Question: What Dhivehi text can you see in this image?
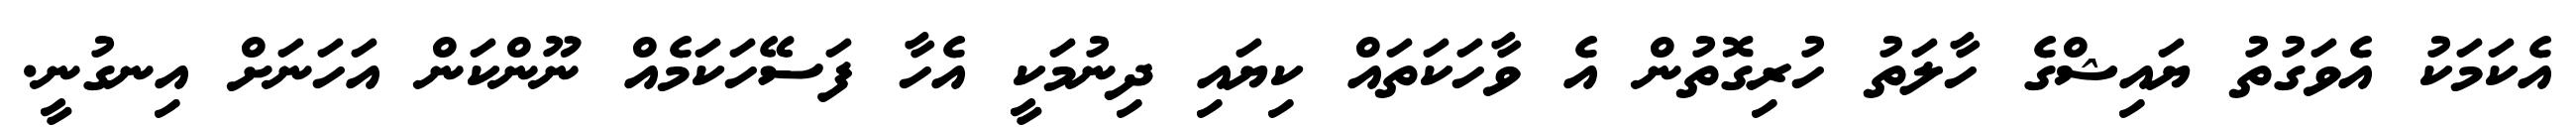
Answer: އެކަމަކު އެވަގުތު ޔައިޝްގެ ހާލަތު ހުރިގޮތުން އެ ވާހަކަތައް ކިޔައި ދިނުމަކީ އެހާ ފަސޭހަކަމެއް ނޫންކަން އަހަނަށް އިނގުނީ.